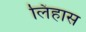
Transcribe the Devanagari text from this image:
लिंहास